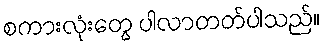
စကားလုံးတွေ ပါလာတတ်ပါသည်။